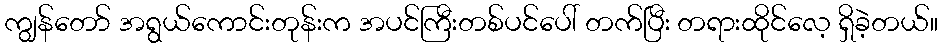
ကျွန်တော် အရွယ်ကောင်းတုန်းက အပင်ကြီးတစ်ပင်ပေါ် တက်ပြီး တရားထိုင်လေ့ ရှိခဲ့တယ်။